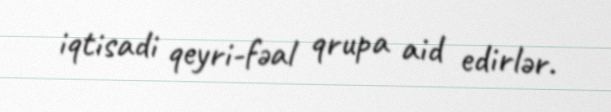
iqtisadi qeyri-fəal qrupa aid edirlər.